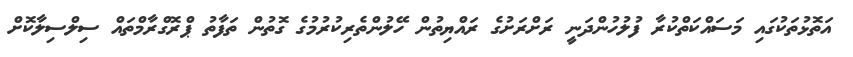
އަތޮޅުތަކުގައި މަސައްކަތްކުރާ ފުލުހުންދަނީ ރަށްރަށުގެ ރައްޔިތުން ހޭލުންތެރިކުރުމުގެ ގޮތުން ތަފާތު ޕްރޮގްރާމްތައް ސިލްސިލާކޮށް